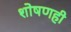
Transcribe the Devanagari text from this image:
शोषणही